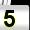
Digit: 5